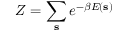
Z = \sum _ { \mathbf { s } } e ^ { - \beta E ( \mathbf { s } ) }